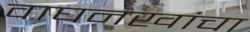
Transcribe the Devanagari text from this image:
वाघनखांचा